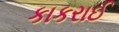
કાકરાઈ